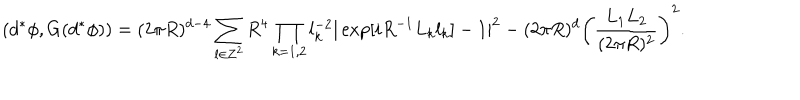
( d ^ { \ast } \phi , G ( d ^ { \ast } \phi ) ) = ( 2 \pi R ) ^ { d - 4 } \sum _ { { \bf l } \in { \bf Z } ^ { 2 } } R ^ { 4 } \prod _ { k = 1 , 2 } l _ { k } ^ { - 2 } | \exp [ i R ^ { - 1 } L _ { k } l _ { k } ] - 1 | ^ { 2 } - ( 2 \pi R ) ^ { d } \biggl ( \frac { L _ { 1 } L _ { 2 } } { ( 2 \pi R ) ^ { 2 } } \biggr ) ^ { 2 } .